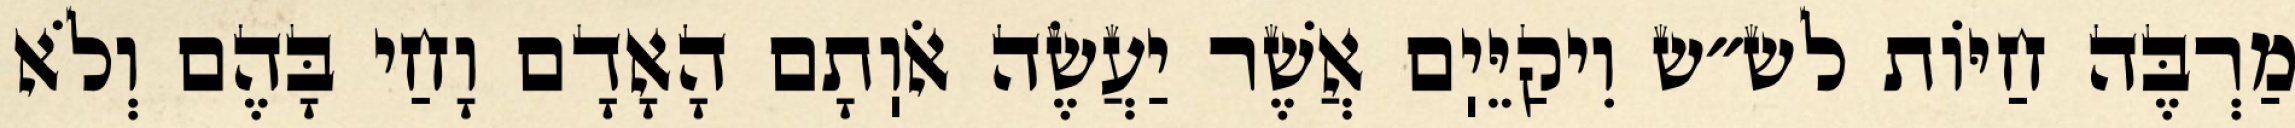
מַרְבֶּה חַיּוֹת לש״ש וִיקַיֵּיֽם אֲשֶׁר יַעֲשֶׂה אֹוֽתָם הָאָדָם וָחַי בָּהֶם וְלֹא